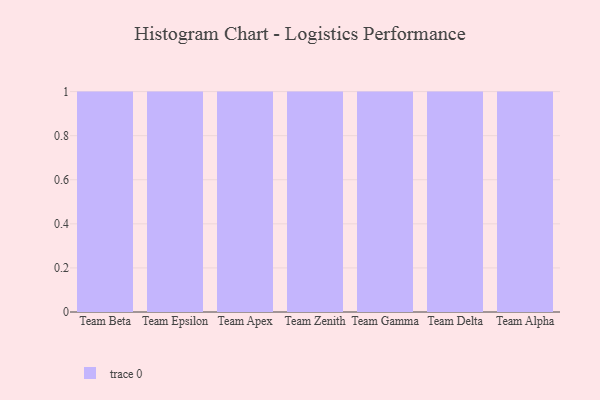
{"axis": {"x": "Team", "y": "Inventory Turnover"}, "legend": [""], "data": [{"x": "Team Beta", "y": 77, "type": ""}, {"x": "Team Epsilon", "y": 49, "type": ""}, {"x": "Team Apex", "y": 6, "type": ""}, {"x": "Team Zenith", "y": 54, "type": ""}, {"x": "Team Gamma", "y": 49, "type": ""}, {"x": "Team Delta", "y": 33, "type": ""}, {"x": "Team Alpha", "y": 16, "type": ""}]}